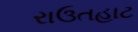
રાઉતહાટ